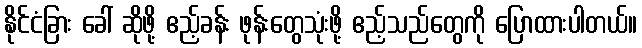
နိုင်ငံခြား ခေါ် ဆိုဖို့ ဧည့်ခန်း ဖုန်းတွေသုံးဖို့ ဧည့်သည်တွေကို ပြောထားပါတယ်။